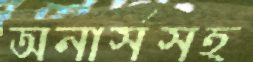
অনার্সসহ